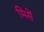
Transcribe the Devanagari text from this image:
मिसें